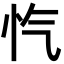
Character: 忾